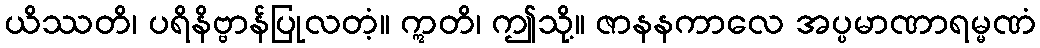
ယိဿတိ၊ ပရိနိဗ္ဗာန်ပြုလတံ့။ ဣတိ၊ ဤသို့။ ဇာနနကာလေ အပ္ပမာဏာရမ္မဏံ